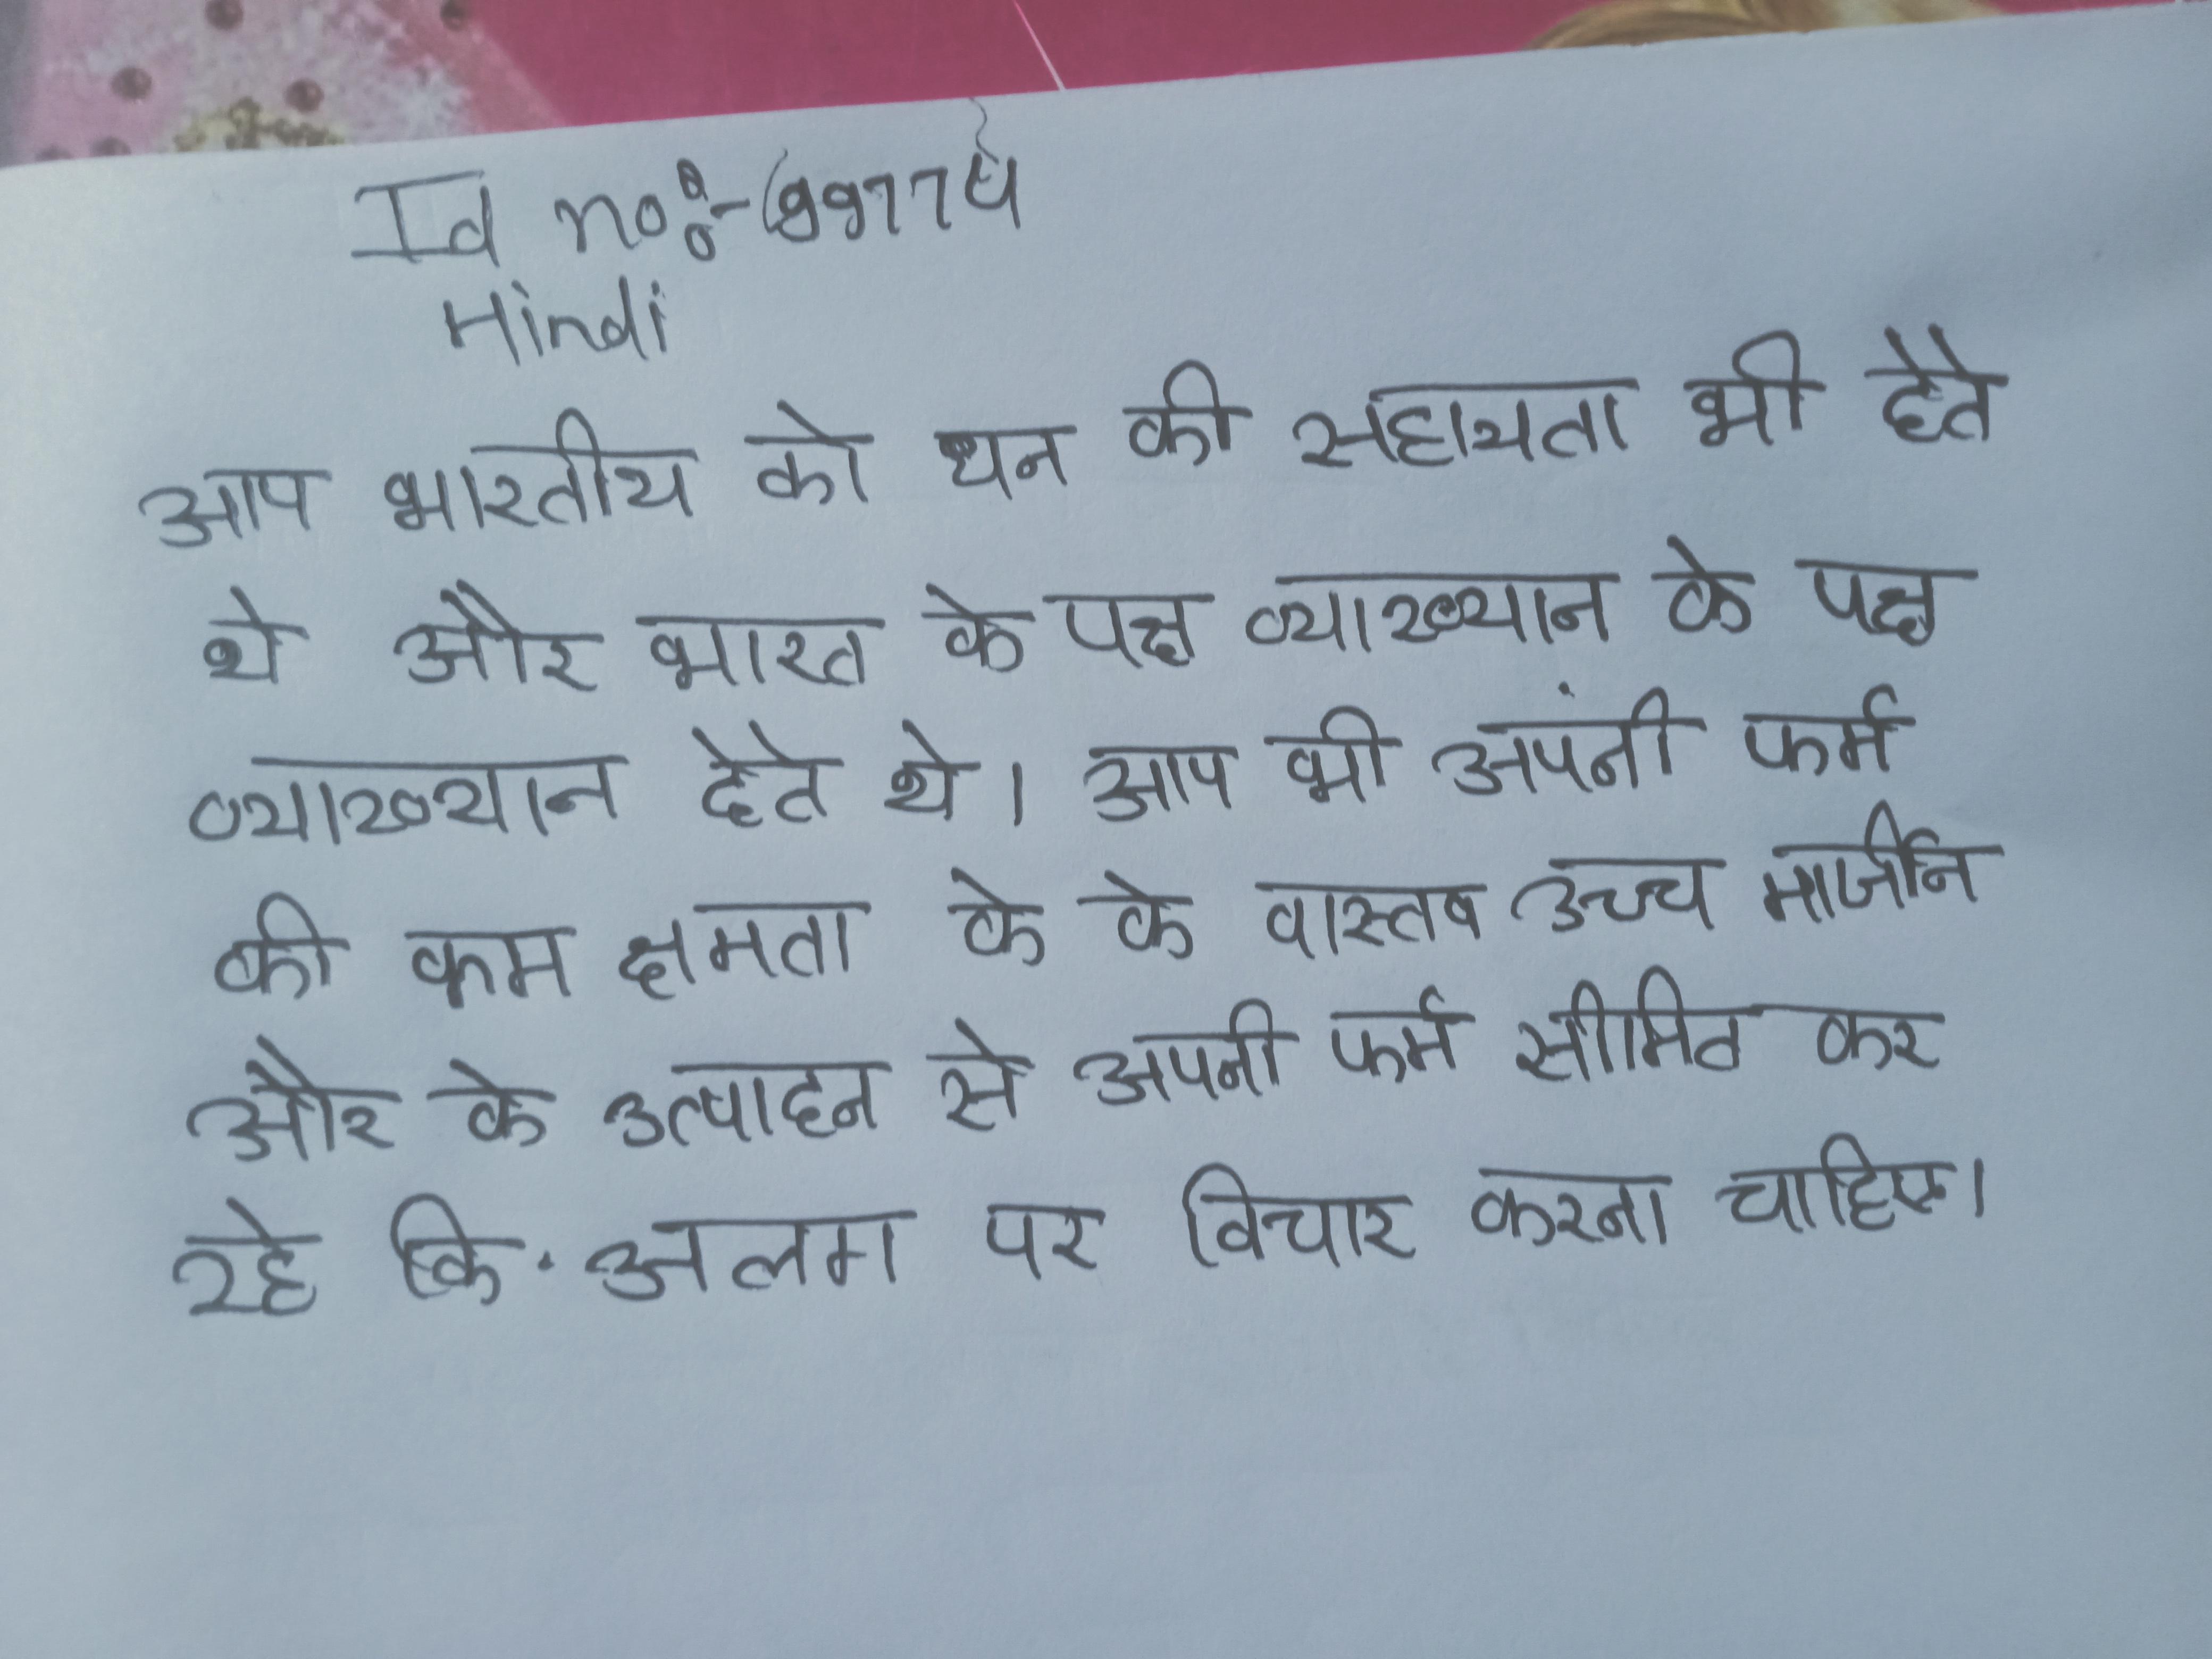
आप भारतीय को धन की सहायता भी देते थे और भारत के पक्ष व्याख्यान देते थे । आप भी अपनी फर्म की कम क्षमता के के वास्तव उच्च मार्जिन और के उत्पादन से अपनी फर्म सीमित कर रहे कि अलग पर विचार करना चाहिए ।